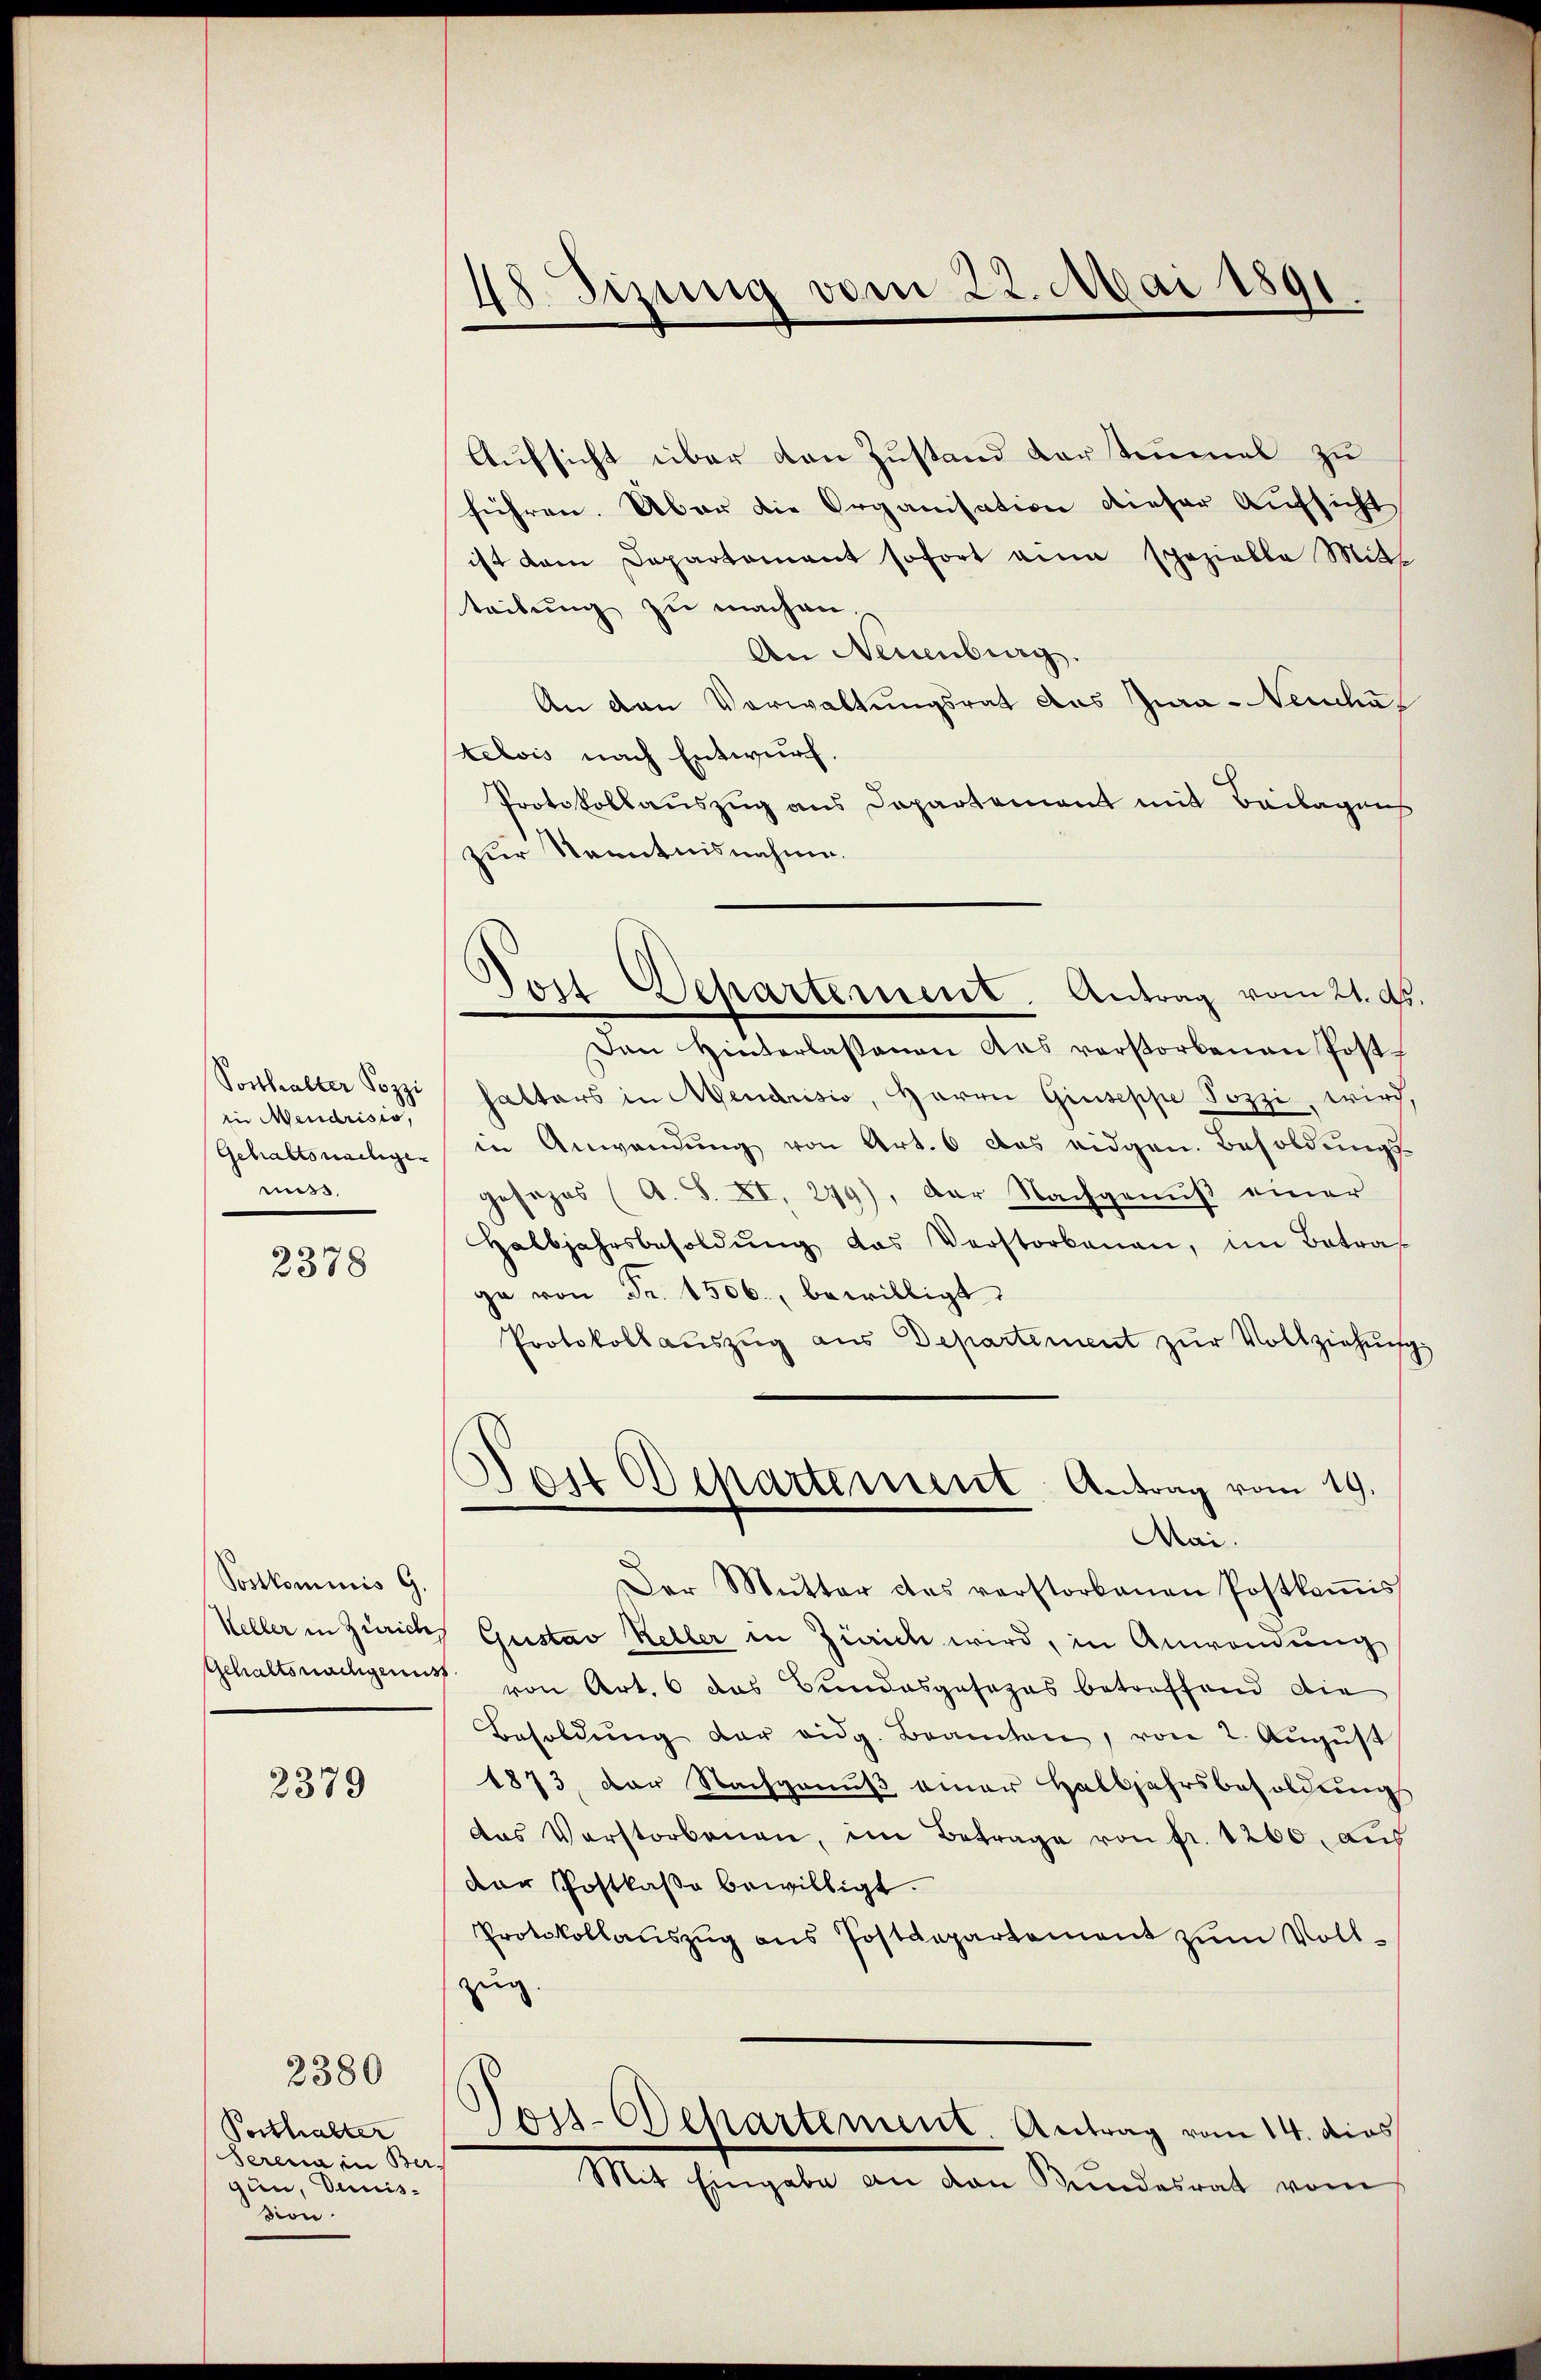
Posthalter Pozzi
in Mendrisis,
Gehaltsweiligen
muss.

2378

Postkommnis G.
Keller in Zürich

2379

Posthalter
Serena in Ber
gun, Deinission.

2380

48 Sizung vom 22. Mai 1891.

Don Departement. Antrag vom 21. ds.

Aufsicht über den Zustand darsteumel zu
führen. Aber die Organisation dieser Aufsicht
ist dem Departament sofort ain spezielle Mitt
teilung zu machen.
An Neuenburg.
An den Vorwaltungsrat des Jura - Neuche
telois nach Entwurf.
Protokollauszug aus Departement mit Beilagens
zur Kenntnisnahme.
Den Hinterlassenen das verstorbenen Post-
halters in Mendrisio, Herrn Giuseppe Pozzi, wird,
in Anwendung von Art. 6 das eidgen. Besoldungs-
gesezes (A. S. XI, 249), der Nachgenuß einer
Halbjahrsbesoldŭng das Verstorbenen, im Betrag
ge von Fr. 1506., bewilligt.
Protokollauszug aus Departement zur Vollziehung
s
Jost Departement Antrag vom 19.
Mai.
Der Mutter das verstorbenen Postkoṁiss
Gustav Keller in Zürich wird, in Anwendung
Gehaltsnachgenug von Art. 6 das Bundesgesezes betreffend die
Besoldŭng der eidg. Beamten, von 2. Aŭgŭst
1873, der Nachgenuß einer Halbjahrsbesoldungs
das Verstorbenen, im Betrage von fr. 1200. auf
der Postkasse bewilligt.
Protokollaŭszŭg ans Postdepartement zŭm Voll-
zug.
Pois-Departement. Antrag vom 14. dies
Mit Eingabe an den Kundesrat vom